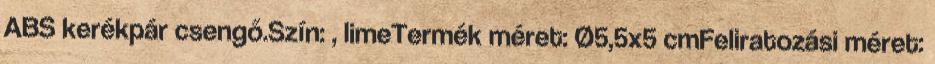
ABS kerékpár csengő.Szín: , limeTermék méret: Ø5,5x5 cmFeliratozási méret: